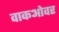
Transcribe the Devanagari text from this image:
वाकओवर